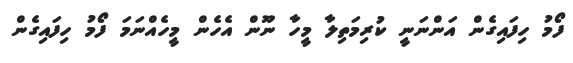
ފޯމު ހިފައިގެން އަންނަނީ ކުރިމަތިލާ މީހާ ނޫން އެހެން މީހެއްނަމަ ފޯމު ހިފައިގެން